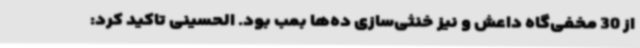
از 30 مخفی‌گاه داعش و نیز خنثی‌سازی ده‌ها بمب بود. الحسینی تاکید کرد: